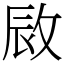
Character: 敐